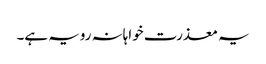
یہ معذرت خواہانہ رویہ ہے۔